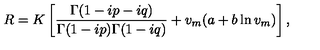
R = K \left[ { \frac { \Gamma ( 1 - i p - i q ) } { \Gamma ( 1 - i p ) \Gamma ( 1 - i q ) } } + v _ { m } ( a + b \ln v _ { m } ) \right] ,